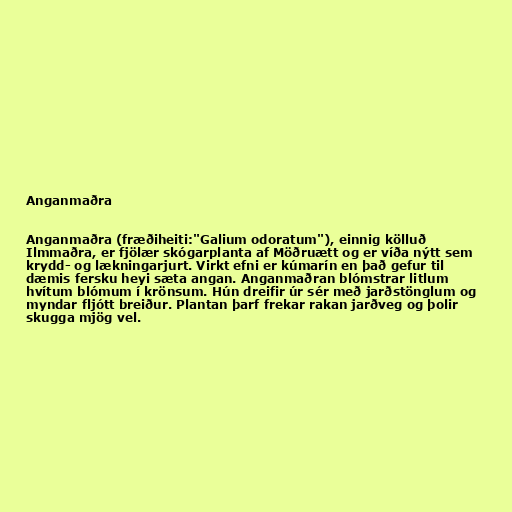
Anganmaðra

Anganmaðra (fræðiheiti:"Galium odoratum"), einnig kölluð
Ilmmaðra, er fjölær skógarplanta af Möðruætt og er víða nýtt sem
krydd- og lækningarjurt. Virkt efni er kúmarín en það gefur til
dæmis fersku heyi sæta angan. Anganmaðran blómstrar litlum
hvítum blómum í krönsum. Hún dreifir úr sér með jarðstönglum og
myndar fljótt breiður. Plantan þarf frekar rakan jarðveg og þolir
skugga mjög vel.